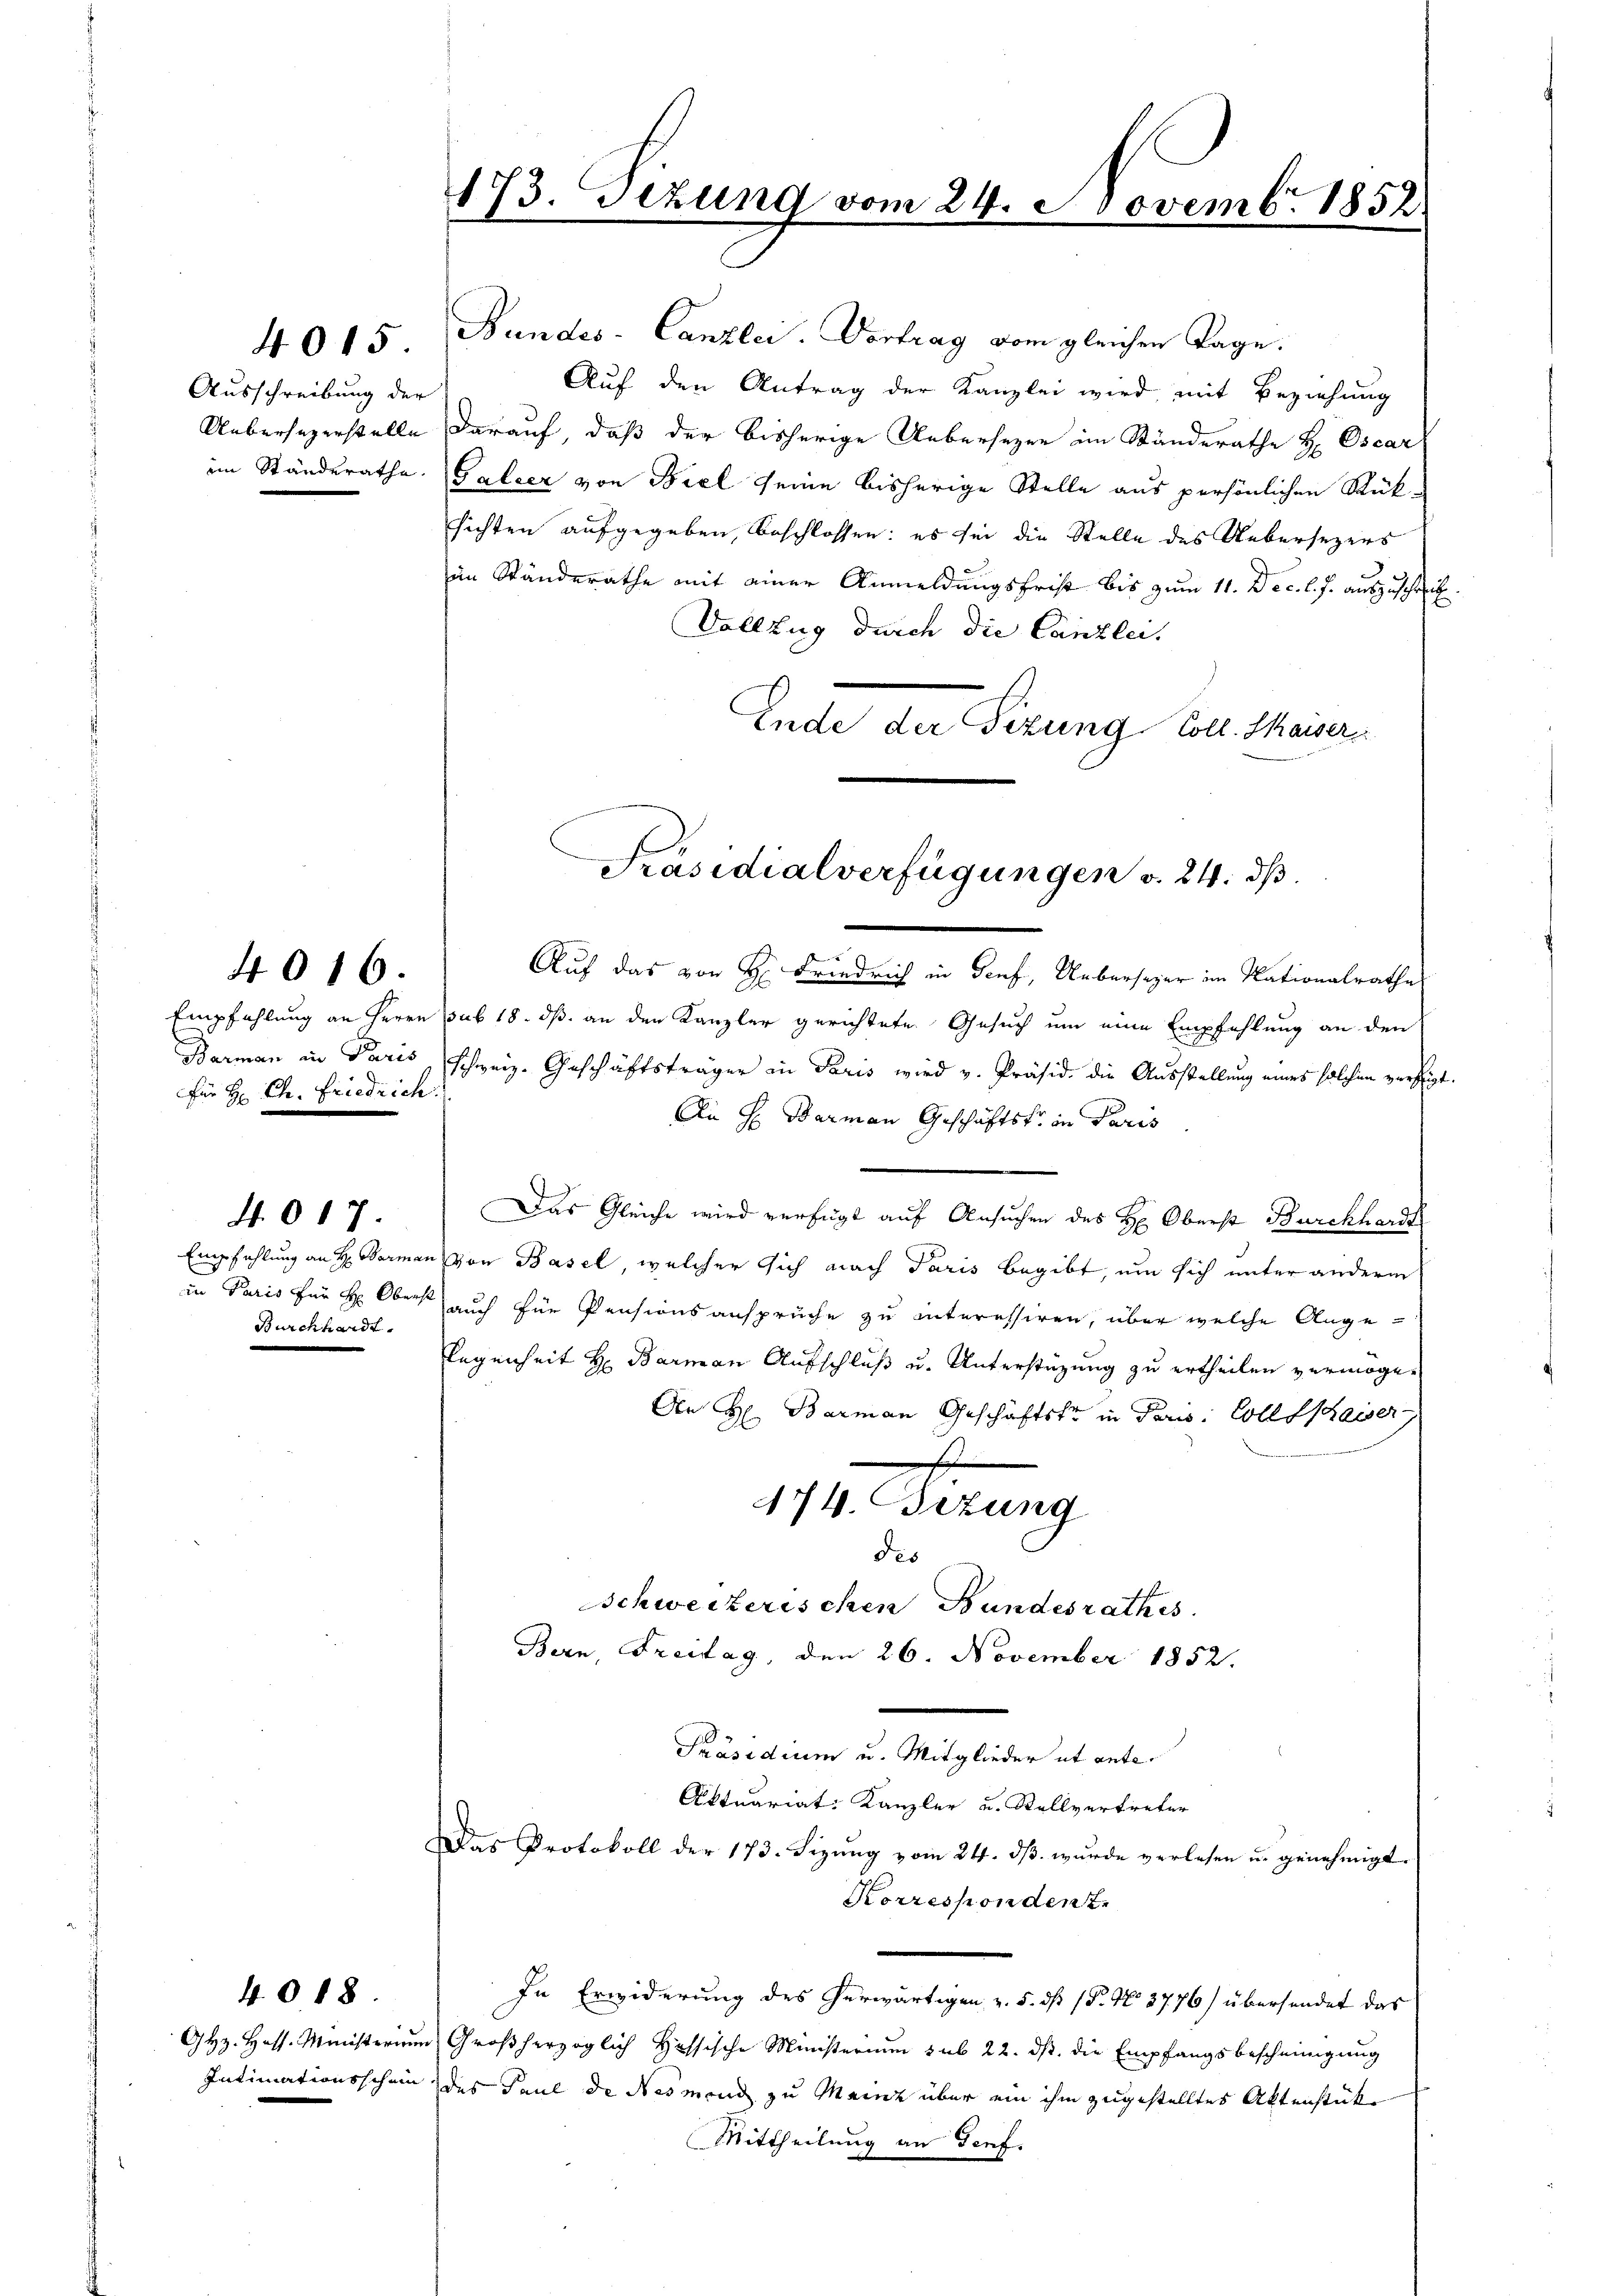
Ausschreibung der
Uebersezerstelle
im Standerathe.

4015.

für Hr. Ch. Friedrich

4016.

Empfehlung an H: Barman
Paris für H: Oberst
Burckhardt.

4017.

4018.

GH. Hoff. Ministerium
Intimationsschein

173. Sezung vom 24. Novembr. 1852

Bundes-Canzlei- Vortrag vom gleichen Tage.
Auf den Antrag der Kanzlei wird mit Beziehung
darauf, daß der bisherige Uebersezen im Standerathe H. Oscar
Galeer von Biel seine bisherige Stelle aus persönlichen Rück-
sichten aufgegeben, beschlossen: es sei die Stelle des Uebersezers
im Ständerathe mit einer Anmeldungsfrist bis zum 11. Dec. l. J. auszuschrift.
Vollzug durch die Canzlei,
Ende der Sizung Coll. Thaiser

Präsidialverfügungen v. 24. ds.

Auf das von H. Friedrich in Genf, Uebersager im Nationalrathes
Empfehlung an Herrn sub 18. ds. an den Kanzler gerichtete Gesuch um eine Empfehlung an den
Barman in Paris, schweiz. Geschäftsträger in Paris wird v. Präsid. die Ausstellung eines solchen versi
An H: Barmann Geschäftsfr. in Paris
Das Gleiche wird verfügt auf Ansuchen des H. Oberst Burckhardt
von Basel, welcher sich nach Paris begibt, um sich unter anderm
auch für Pensionsanspruche zu interessiren, über welche Angelegenheit H: Barman Aufschluß u. Unterstüzung zu ertheilen vermögen
An H. Barman Geschäftst in Paris Collishaiser
des
Schweizerischen Bundesrathes.
Bern, Freitag, den 26. November 1852.
Sinaire d. Meister diese
Aktuariat Kanzler u. Stellvertreter
Das Protokoll der 173. Sizŭng vom 24. dβ. wŭrde verlesen u. genehmigt.
Korrespondenz.
In Erwiderung des herwärtigen v. 5. dß (P. No 3776) übersendet das
Großherzoglich Hessische Ministerium sub 22. ds. die Empfangsbescheinigung
des Paul de Nesmend zu Meine über ein ihm zugestelltes Aktenstücke
Mittheilung an Genf.

2
474. Bezung